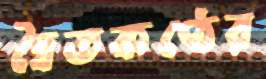
দ্বৈতকণ্ঠের